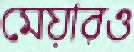
মেয়ারও